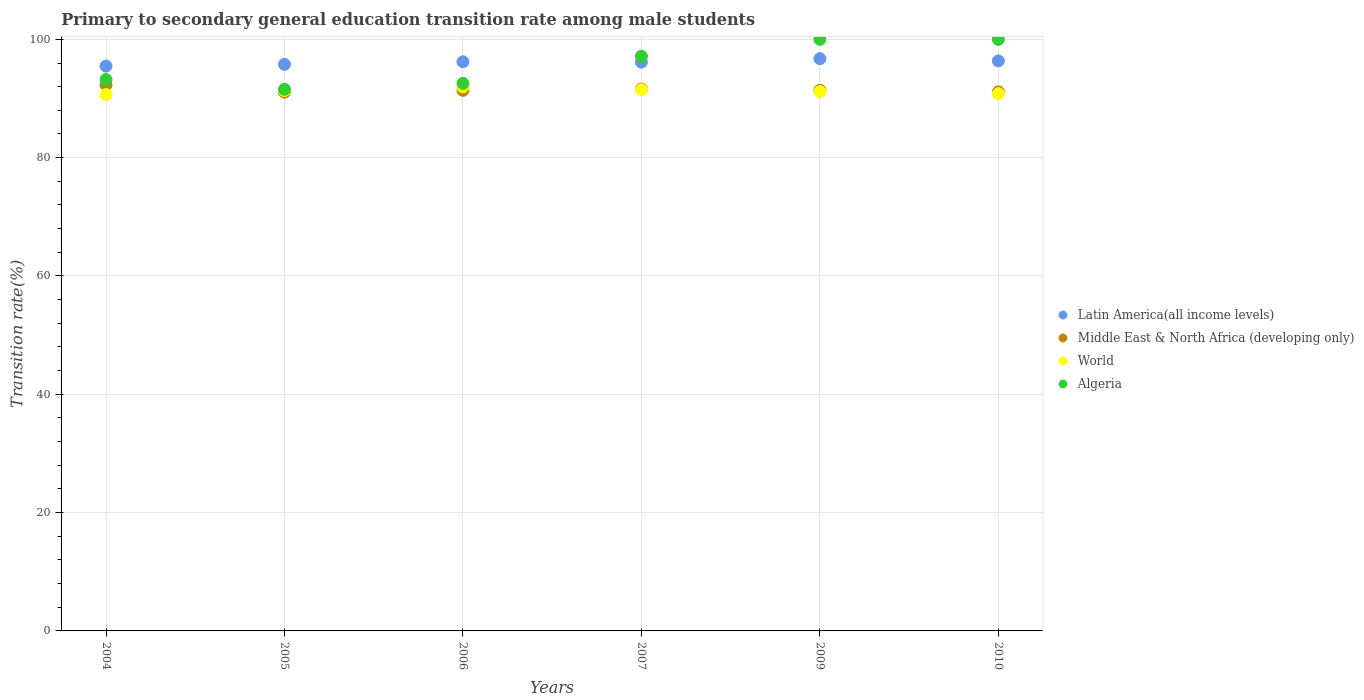
| Years | Latin America(all income levels) | Middle East & North Africa (developing only) | World | Algeria |
 | --- | --- | --- | --- | --- |
 | 2004 | 95.5 | 92.3 | 90.7 | 93.2 |
 | 2005 | 95.8 | 91.1 | 91.3 | 91.6 |
 | 2006 | 96.2 | 91.4 | 92 | 92.6 |
 | 2007 | 96.1 | 91.6 | 91.5 | 97.1 |
 | 2009 | 96.7 | 91.4 | 91.2 | 100 |
 | 2010 | 96.4 | 91.1 | 90.8 | 100 |